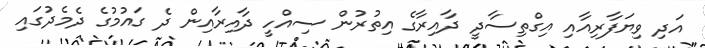
އަދި ވިޔަފާރިއާއި އިގްތިސާދީ ދާއިރާގެ އިތުރުން ސިއްހީ ދާއިރާއިން ދެ ގައުމުގެ ދެމެދުގައި